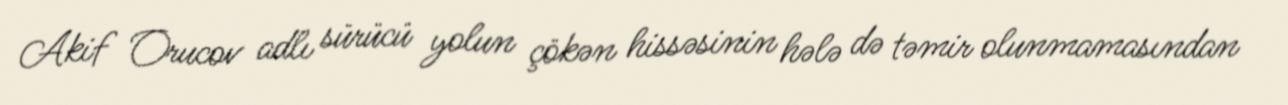
Akif Orucov adlı sürücü yolun çökən hissəsinin hələ də təmir olunmamasından